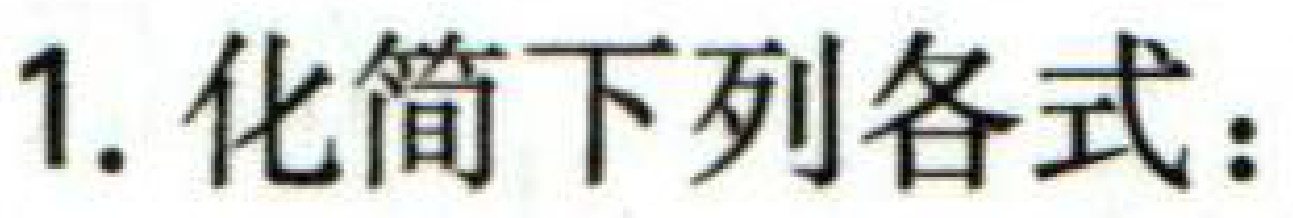
1. 化简下列各式：